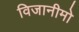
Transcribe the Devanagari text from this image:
विजानीमो